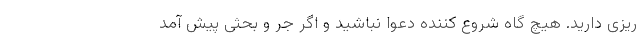
ریزی دارید. هیچ گاه شروع کننده دعوا نباشید و اگر جر و بحثی پیش آمد